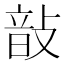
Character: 𢾑